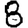
Digit: 8